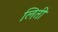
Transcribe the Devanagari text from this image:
लिती